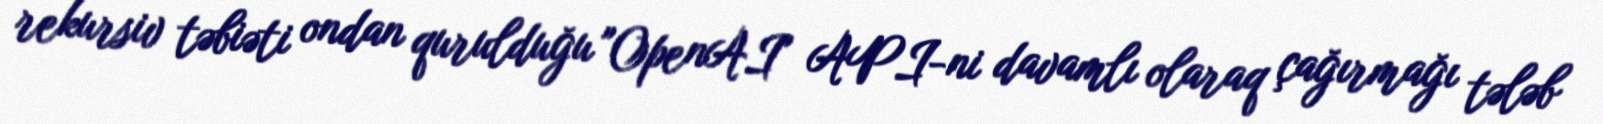
rekursiv təbiəti ondan qurulduğu "OpenAI" API-ni davamlı olaraq çağırmağı tələb